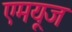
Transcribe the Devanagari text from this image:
एमयूज